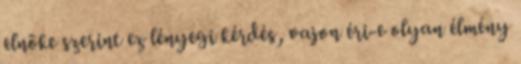
elnöke szerint ez lényegi kérdés, vajon éri-e olyan élmény